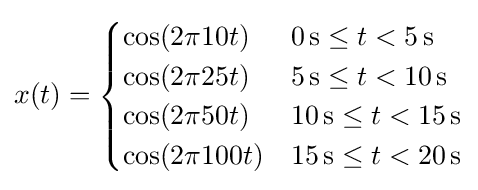
x(t)={\begin{cases}\cos(2\pi 10t)&0\,\mathrm {s} \leq t<5\,\mathrm {s} \\\cos(2\pi 25t)&5\,\mathrm {s} \leq t<10\,\mathrm {s} \\\cos(2\pi 50t)&10\,\mathrm {s} \leq t<15\,\mathrm {s} \\\cos(2\pi 100t)&15\,\mathrm {s} \leq t<20\,\mathrm {s} \\\end{cases}}